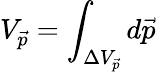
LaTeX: V_{\vec{p}}=\int_{\Delta V_{\vec{p}}}d\vec{p}